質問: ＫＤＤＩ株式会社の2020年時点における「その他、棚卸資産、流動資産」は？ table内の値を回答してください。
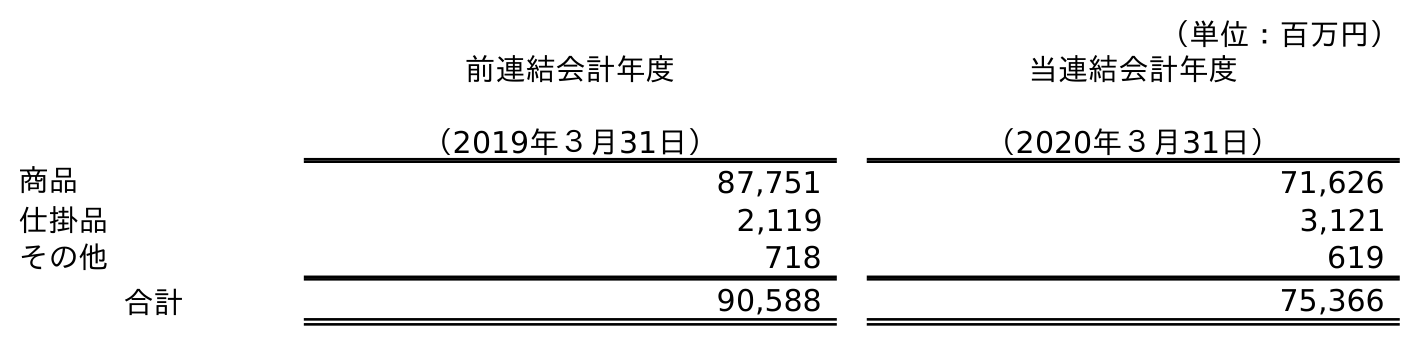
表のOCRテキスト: （単位：百万円） 前連結会計年度 （2019年３月31日） 当連結会計年度 （2020年３月31日） 商品 87,751 71,626 仕掛品 2,119 3,121 その他 718 619 合計 90,588 75,366
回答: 619